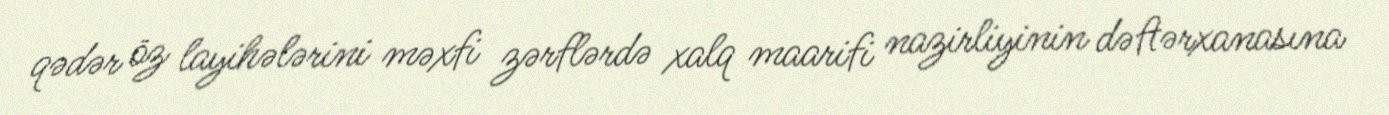
qədər öz layihələrini məxfi zərflərdə xalq maarifi nazirliyinin dəftərxanasına